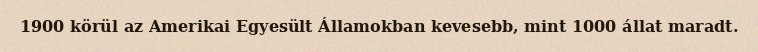
1900 körül az Amerikai Egyesült Államokban kevesebb, mint 1000 állat maradt.